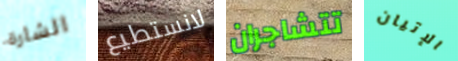
الشارة لانستطيع تتشاجران الإتيان